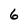
Character: 6